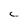
Character: C